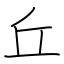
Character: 丘